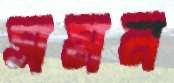
সমন